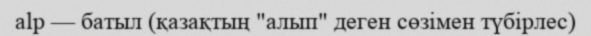
alp — батыл (қазақтың "алып" деген сөзімен түбірлес)